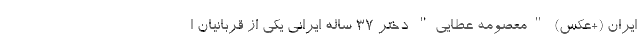
ایران (+عکس) "معصومه عطایی" دختر 37 ساله ایرانی یکی از قربانیان ا